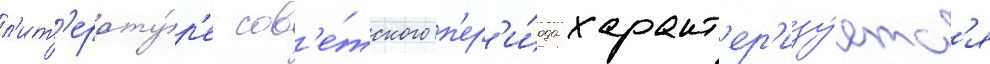
л'ит'ерату́р'е сов'е́тского п'ер'и́ода характ'ер'изу́етс'я